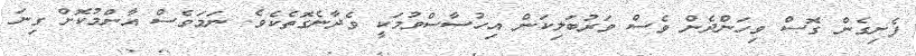
ފެށިގެން ގޮސް ވިހަންދެން ވެސް ވަރުބަލިކަން އިހުސާސްވުމަކީ ވެދާނެގޮތެކެވެ. ނަމަވެސް އާންމުކޮށް ގިނަ